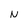
Character: N